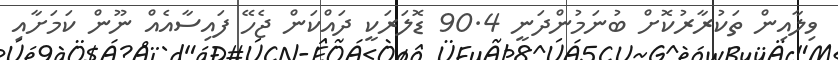
ވިލާއިން ތަކުރާރުކޮށް ބުނަމުންދަނީ 90.4 ޑޮލަރަކީ ދައްކަން ޖެހޭ ފައިސާއެއް ނޫން ކަމަށާއި